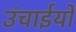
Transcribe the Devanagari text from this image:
उंचाईयों